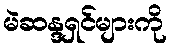
မဲဆန္ဒရှင်များကို